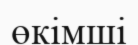
өкімші